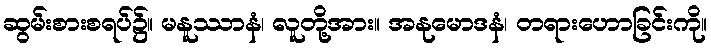
ဆွမ်းစားစရပ်၌။ မနူဿာနံ၊ လူတို့အား။ အနုမောဒနံ၊ တရားဟောခြင်းကို။